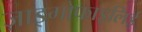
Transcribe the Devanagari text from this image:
ज़ाइगोफाइलिई